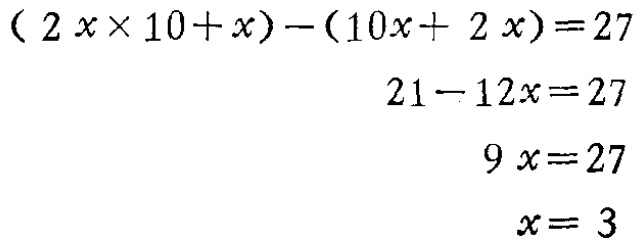
\[

\begin{align*}

(2x\times10 + x)-(10x + 2x)&=27\\

21x-12x&=27\\

9x&=27\\

x&=3

\end{align*}

\]